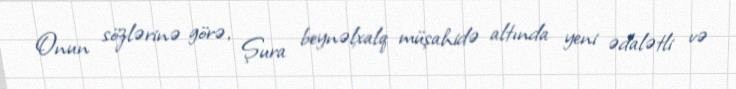
Onun sözlərinə görə, Şura beynəlxalq müşahidə altında yeni ədalətli və